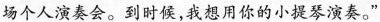
场个人演奏会。到时侯，我想用你的小提琴演奏。”